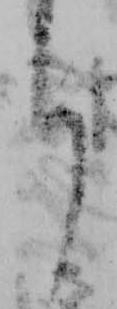
月